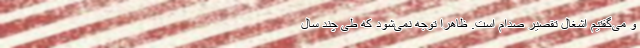
و می‌گفتیم اشغال تقصیر صدام است. ظاهرا توجه نمی‌شود که طی چند سال